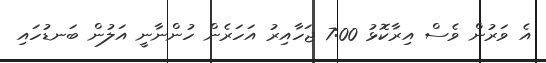
އެ ވަރުން ވެސް އިރާކޮޅު 7:00 ޖަހާއިރު އަހަރެން ހުންނާނީ އަލުން ބަނޑުހައި